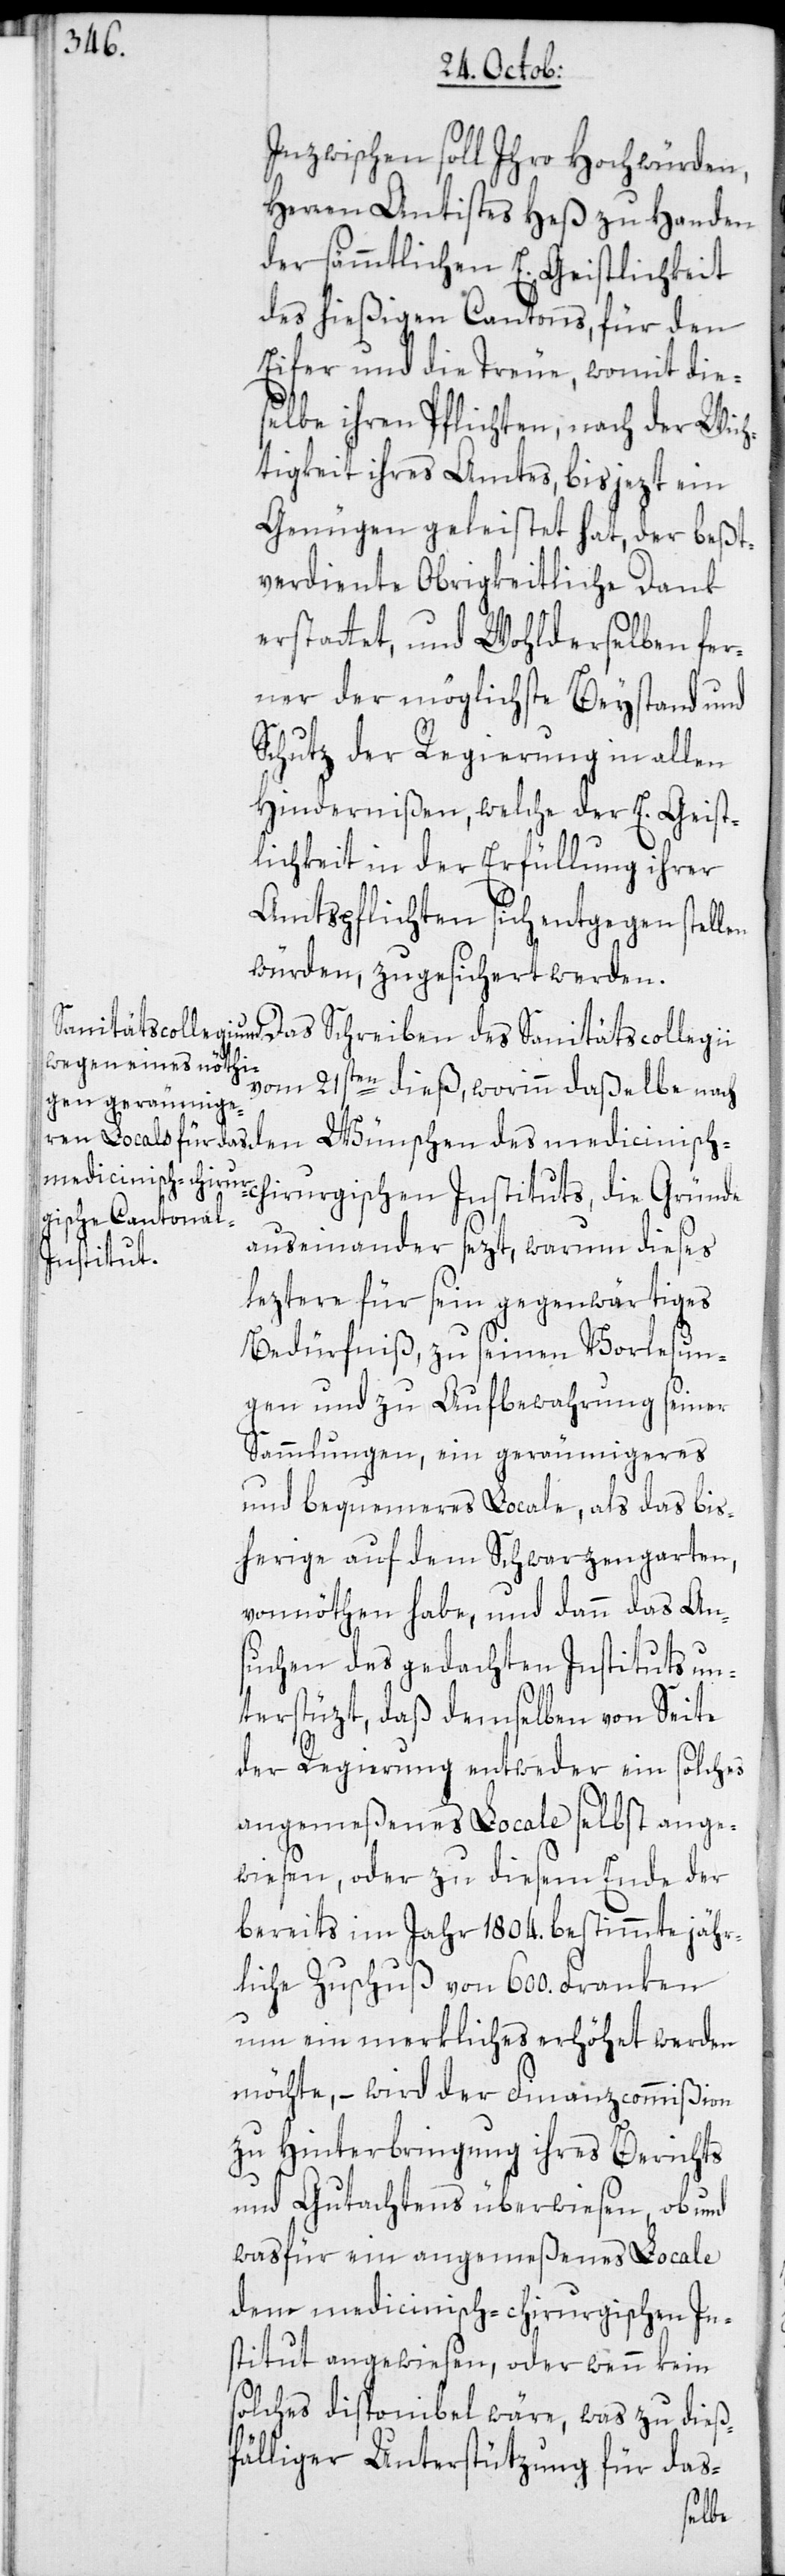
Inzwischen soll Ihro Hochwürden,
Herren Antistes Heß zu Handen
der sämmtlichen E. Geistlichkeit
des hießigen Cantons, für den
Eifer und die Treue, womit die¬
selbe ihren Pflichten, nach der Wich¬
tigkeit ihres Amtes, bis jezt ein
Genügen geleistet hat, der beßt¬
verdiente Obrigkeitliche Dank
erstattet, und Wohlderselben fer¬
ner der möglichste Beystand und
Schutz der Regierung in allen
Hindernißen, welche der E. Geist¬
lichkeit in der Erfüllung ihrer
Amtspflichten sich entgegen stellen
würden, zugesichert werden.
vom 21sten dieß, worinn daßelbe nach
medicinisch-c¬
hirurgischen Instituts, die Gründe
auseinander sezt, warum dieses
leztere für sein gegenwärtiges
Bedürfniß, zu seinen Vorlesun¬
gen und zu Aufbewahrung seiner
Sammlungen, ein geräumigeres
und bequemeres Locale, als das bis¬
herige auf dem Schwarzengarten,
vonnöthen habe, und dann das An¬
suchen des gedachten Instituts un¬
terstüzt, daß demselben von Seite
der Regierung entweder ein solches
angemeßenes Locale selbst ange¬
wiesen, oder zu diesem Ende der
bereits im Jahr 1804. bestimmte jähr¬
liche Zuschuß von 600. Franken
um ein merkliches erhöhet werden
möchte, – wird der Finanzcommißion
zu Hinterbringung ihres Berichts
und Gutachtens überwiesen, ob und
was für ein angemeßenes Locale
dem medicinisch-chirurgischen In¬
stitut angewiesen, oder wenn kein
solches disponibel wäre, was zu dieß¬
fälliger Unterstützung für das-